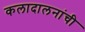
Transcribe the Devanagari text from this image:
कलादालनांची